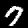
Label: 7